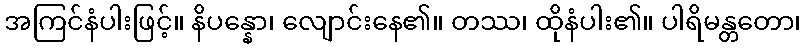
အကြင်နံပါးဖြင့်။ နိပန္နော၊ လျောင်းနေ၏။ တဿ၊ ထိုနံပါး၏။ ပါရိမန္တတော၊